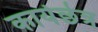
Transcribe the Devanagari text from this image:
कार्यछेत्र